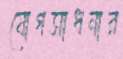
যোগসাধনার